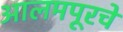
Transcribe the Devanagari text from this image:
आलमपूरचे